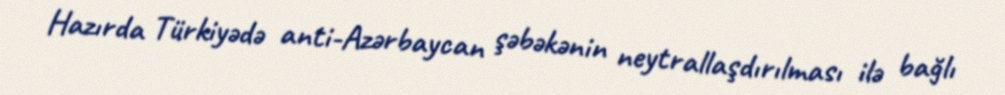
Hazırda Türkiyədə anti-Azərbaycan şəbəkənin neytrallaşdırılması ilə bağlı